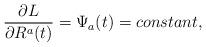
LaTeX: \begin{align*}\frac{\partial L}{\partial R^{a}(t)}=\Psi_{a}(t)={constant},\end{align*}